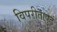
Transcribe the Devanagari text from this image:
विपरीतापुढं